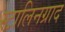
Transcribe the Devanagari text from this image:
स्टालिनग्राद